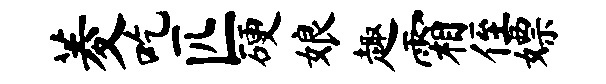
菱吃匹硬娘趣霜侄嫖